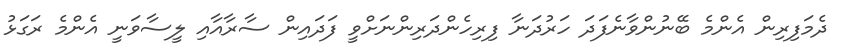
ދެމަފިރިން އެންމެ ބޭނުންވާނެފަދަ ހަރުދަނާ ފިރިހެންދަރިންނަށްވީ ފަދައިން ސާރާއާއި ލީސާވަނީ އެންމެ ރަގަޅު